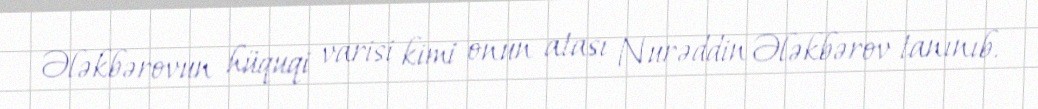
Ələkbərovun hüquqi varisi kimi onun atası Nurəddin Ələkbərov tanınıb.